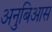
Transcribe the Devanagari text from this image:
अनुबिआस